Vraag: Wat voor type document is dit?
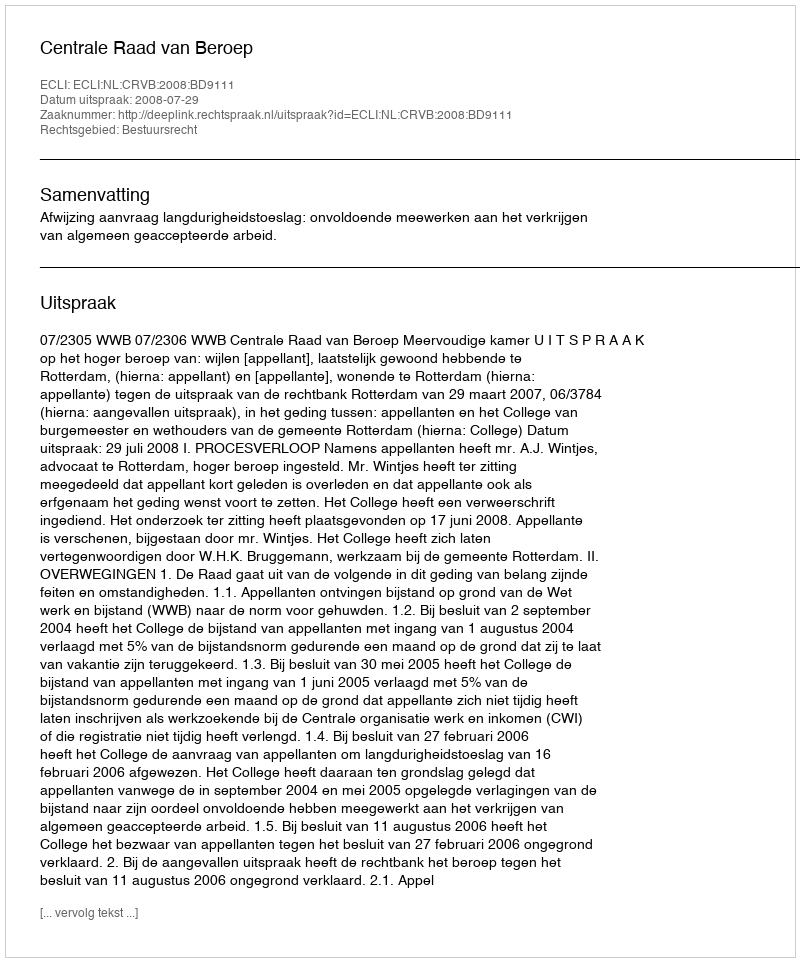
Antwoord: Uitspraak